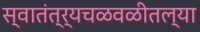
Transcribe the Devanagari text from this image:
स्वातंत्र्यचळवळीतल्या